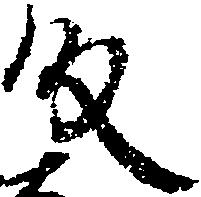
段